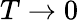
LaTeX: T\rightarrow 0